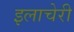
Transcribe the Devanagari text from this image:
इलाचेरी